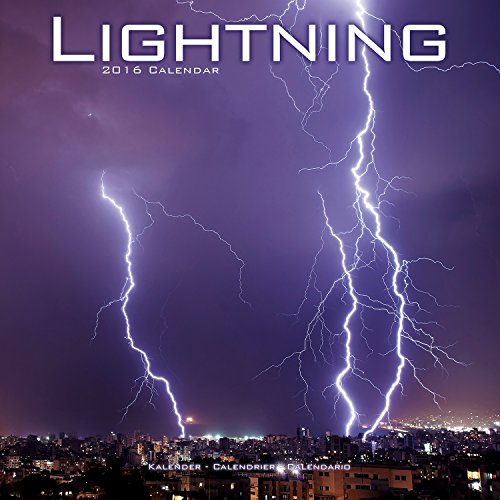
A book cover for Lightning Calendar - 2016 Wall Calendars - Nature CalendarsMonthly Wall Calendars by Avonside; MegaCalendars; Calendars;